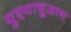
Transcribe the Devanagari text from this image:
युएयाचुआन